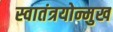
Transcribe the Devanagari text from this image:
स्वातंत्रयोन्मुख